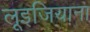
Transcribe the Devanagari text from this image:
लूइजियाना